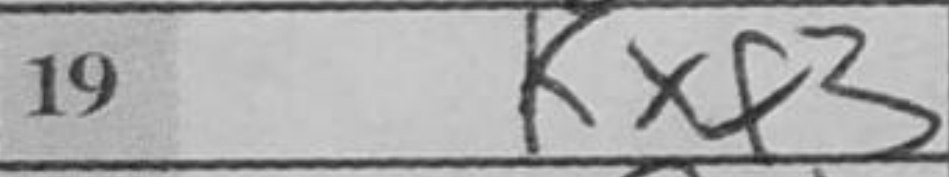
Transcription: Kxf3